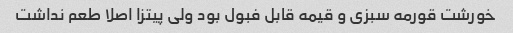
خورشت قورمه سبزی و قیمه قابل فبول بود ولی پیتزا اصلا طعم نداشت